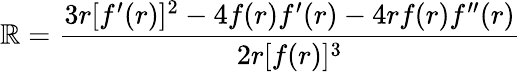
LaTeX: \mathbb{R}={\frac{{3r[f^{\prime}(r)]^{2}-4f(r)f^{\prime}(r)-4rf(r)f^{\prime\prime}(r)}}{{2r[f(r)]^{3}}}}